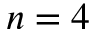
n = 4